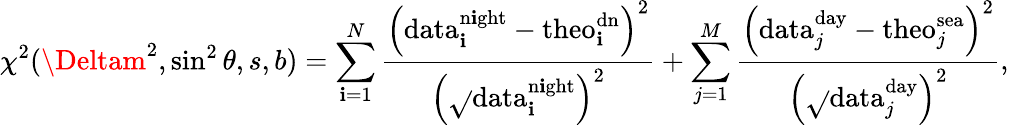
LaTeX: \chi^{2}(\Deltam^{2},\sin^{2}\theta,s,b)=\sum_{\mathbf{i}=1}^{N}\frac{{\left(\mathrm{{data}}_{\mathbf{i}}^{\mathrm{{n\mathbf{i}ght}}}-\mathrm{{theo}}_{\mathbf{i}}^{\mathrm{{dn}}}\right)^{2}}}{{\left(\sqrt{}{{\mathrm{{data}}_{\mathbf{i}}^{\mathrm{{n\mathbf{i}ght}}}}}\right)^{2}}}+\sum_{j=1}^{M}\frac{{\left(\mathrm{{data}}_{j}^{\mathrm{{day}}}-\mathrm{{theo}}_{j}^{\mathrm{{sea}}}\right)^{2}}}{{\left(\sqrt{}{{\mathrm{{data}}_{j}^{\mathrm{{day}}}}}\right)^{2}}},